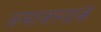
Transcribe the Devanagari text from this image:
अमावस्याके